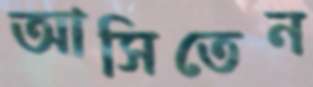
আসিতেন